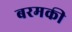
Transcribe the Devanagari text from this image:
बरमकी